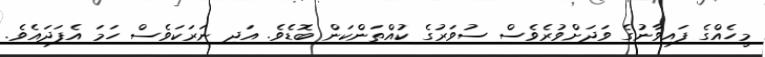
މީހެއްގެ ފައިވާނުގެ ވަދަށްވުރެވެސް ސުވަރުގެ ކުއްތަންކަން ބޮޑެވެ. އަދި ނަރަކަވެސް ހަމަ އެފަދައެވެ.